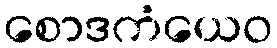
စောဒကံယေဝ